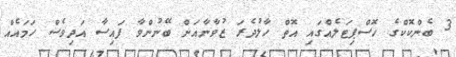
3 ބެންކޮކްގެ ހޮސްޕިޓަލެއްގައި އޮތް ހާލުދެރަ ޒުވާނާއަށް ބޭނުންވާ ފައިސާ އަދިވެސް ހަމައެއް